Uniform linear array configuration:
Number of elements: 64
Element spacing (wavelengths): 0.75
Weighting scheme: uniform
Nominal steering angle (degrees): -45
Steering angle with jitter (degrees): -44.706
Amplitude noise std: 0.05
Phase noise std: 0.05

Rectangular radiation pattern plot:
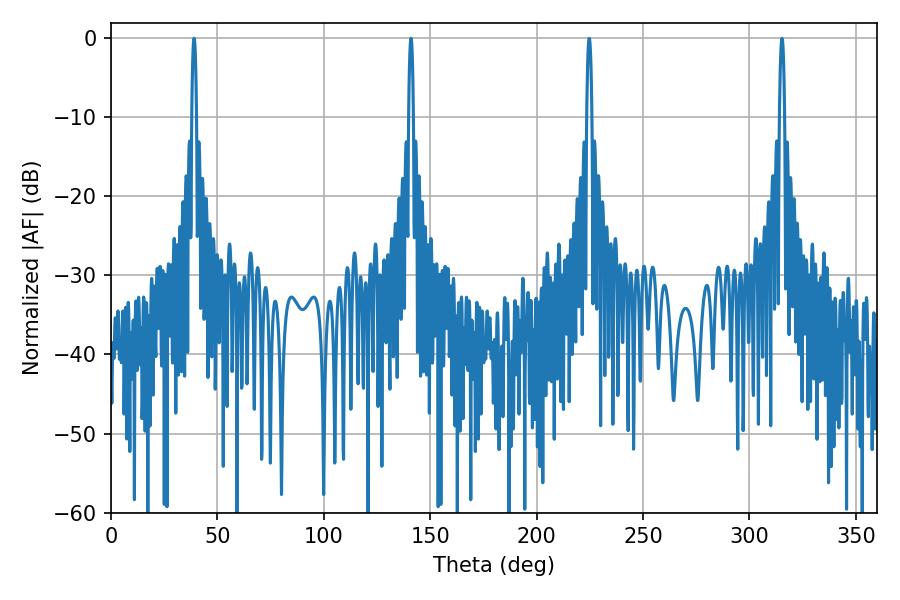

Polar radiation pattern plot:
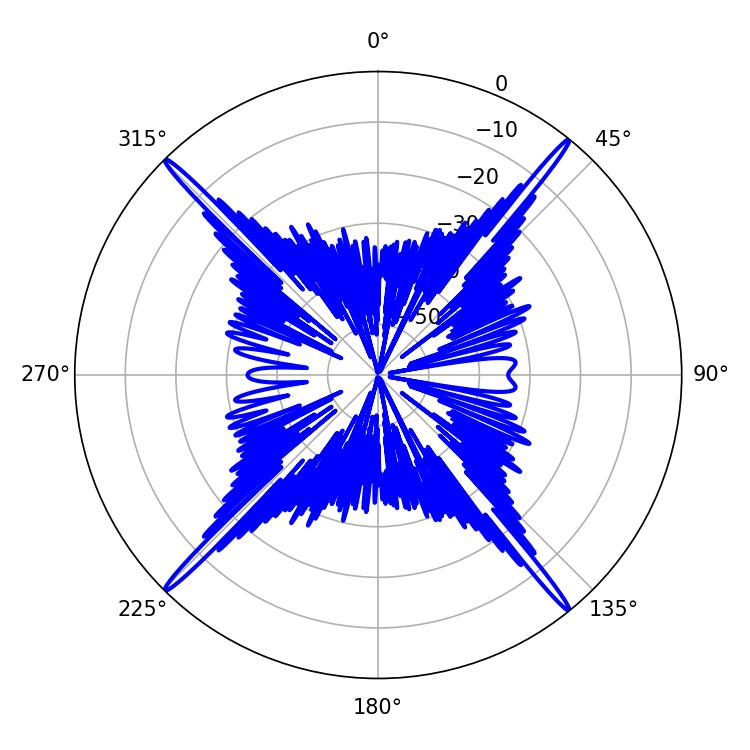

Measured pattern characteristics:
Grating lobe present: TRUE
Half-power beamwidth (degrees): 1.08
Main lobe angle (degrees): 140.94